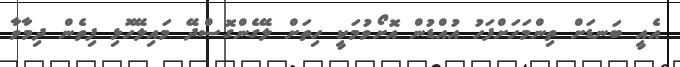
އެއީ ބަނޑަށް ތިންމަހަށްފަހު އުއްޑުން އޮށޯވުމަކީ ހިތަށް ލޭގެންގޮސްދޭ މައިލޭހޮޅި ފިތެން ދިމާވާ